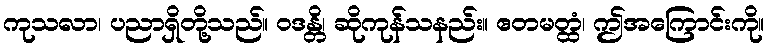
ကုသလာ၊ ပညာရှိတို့သည်။ ဝဒန္တိ၊ ဆိုကုန်သနည်း။ ဧတမတ္ထံ၊ ဤအကြောင်းကို။